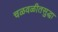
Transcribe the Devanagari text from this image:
चळवळीतसुद्धा